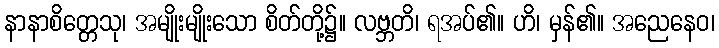
နာနာစိတ္တေသု၊ အမျိုးမျိုးသော စိတ်တို့၌။ လဗ္ဘတိ၊ ရအပ်၏။ ဟိ၊ မှန်၏။ အညေနေဝ၊